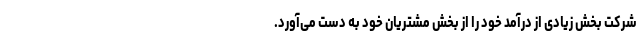
شرکت بخش زیادی از درآمد خود را از بخش مشتریان خود به دست می‌آورد.